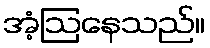
အံ့ဩနေသည်။